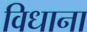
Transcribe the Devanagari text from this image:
विधाना